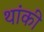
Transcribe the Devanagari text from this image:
थांकी